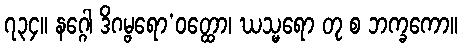
၇၃၄။ နဂ္ဂေါ ဒိဂမ္ဗရော’ဝတ္ထော၊ ဃသ္မရော တု စ ဘက္ခကော။